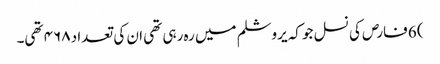
) 6 فارص کی نسل جو کہ یروشلم میں رہ رہی تھی ان کی تعداد ۴۶۸ تھی۔